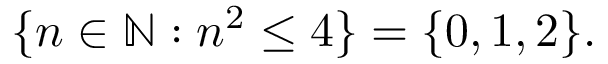
\{ n \in \mathbb { N } : n ^ { 2 } \leq 4 \} = \{ 0 , 1 , 2 \} .